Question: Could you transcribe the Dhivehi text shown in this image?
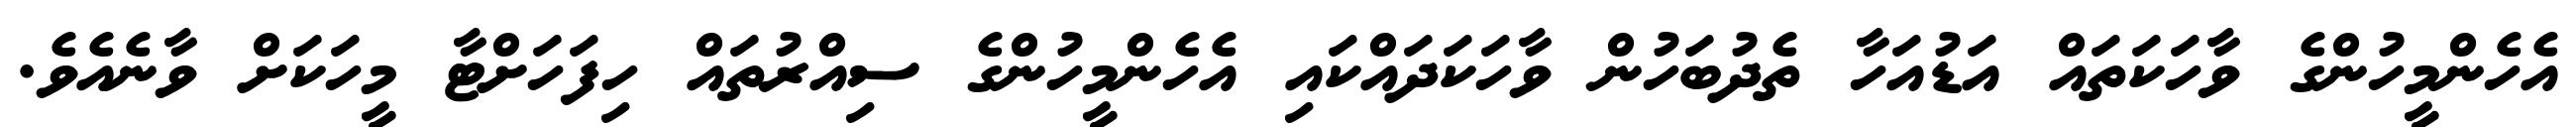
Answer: އެހެންމީހުންގެ ވާހަކަތައް އަޑުއަހާ ތެދުބަހުން ވާހަކަދައްކައި އެހެންމީހުންގެ ސިއްރުތައް ހިފަހަށްޓާ މީހަކަށް ވާނެއެވެ.